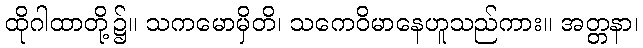
ထိုဂါထာတို့၌။ သကမောမှိတိ၊ သကေဝိမာနေဟူသည်ကား။ အတ္တနာ၊